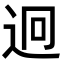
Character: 迥